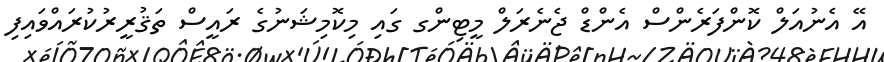
އޭ އެނުއަލް ކޮންފަރެންސް އެންޑް ޖެނެރަލް މީޓިންގ ގައި މިކޮމިޝަނުގެ ރައީސް ތަޤުރީރުކުރައްވައިފި